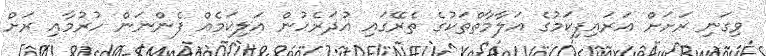
ވިގަނި ރަށަށް އަރައިފިކަމުގެ އަލާމާތްތަކުގެ ތެރޭގައި އުދަރެހުން އަލިކަމެއް ފެންނަން ހުރުމާއި ރަށް